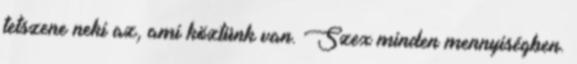
tetszene neki az, ami köztünk van. Szex minden mennyiségben.